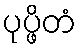
ပုပ္ဖိတံ